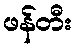
ဖန်တီး